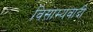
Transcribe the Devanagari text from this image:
विसाम्यवादी